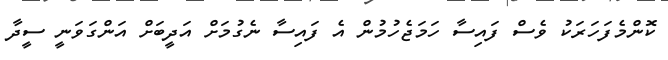
ކޮންމެފަހަރަކު ވެސް ފައިސާ ހަމަޖެހުމުން އެ ފައިސާ ނެގުމަށް އަދީބަށް އަންގަވަނީ ސީދާ